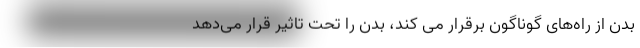
بدن از راه‌های گوناگون برقرار می کند، بدن را تحت تاثیر قرار می‌دهد